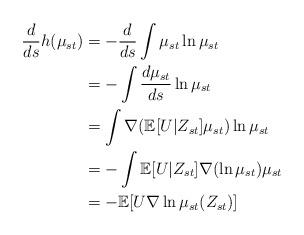
LaTeX: \begin{align*}\frac{d}{ds}h(\mu_{st})&=-\frac{d}{ds}\int\mu_{st}\ln\mu_{st}\\&=-\int\frac{d\mu_{st}}{ds}\ln\mu_{st}\\&=\int\nabla(\mathbb{E}[U|Z_{st}]\mu_{st})\ln\mu_{st}\\&=-\int \mathbb{E}[U|Z_{st}]\nabla(\ln\mu_{st})\mu_{st}\\&=-\mathbb{E}[U\nabla\ln\mu_{st}(Z_{st})]\end{align*}